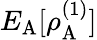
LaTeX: E_{\mathrm{A}}[\rho_{\mathrm{A}}^{(1)}]